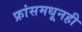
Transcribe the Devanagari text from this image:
फ्रांसमधूनही